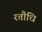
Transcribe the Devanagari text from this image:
रतौधि